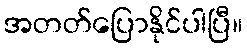
အတတ်ပြောနိုင်ပါပြီ။